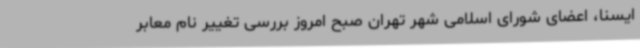
ایسنا، اعضای شورای اسلامی شهر تهران صبح امروز بررسی تغییر نام معابر